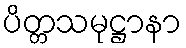
ပိတ္တသမုဋ္ဌာနာ